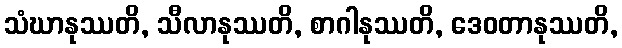
သံဃာနုဿတိ, သီလာနုဿတိ, စာဂါနုဿတိ, ဒေဝတာနုဿတိ,